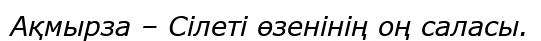
Ақмырза – Сілеті өзенінің оң саласы.